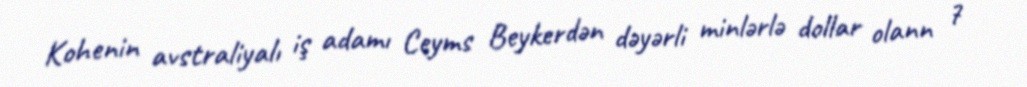
Kohenin avstraliyalı iş adamı Ceyms Beykerdən dəyərli minlərlə dollar olann 7